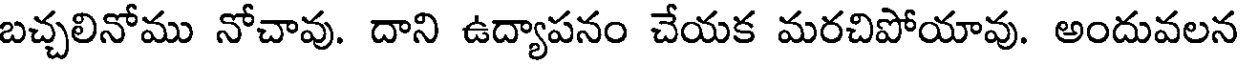
బచ్చలినోము నోచావు. దాని ఉద్యాపనం చేయక మరచిపోయావు. అందువలన